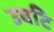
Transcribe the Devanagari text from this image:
उबटि